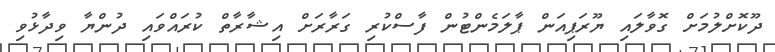
ދޫކޮށްލުމަށް ގޮވާލައި ޔޫރަޕިއަން ޕާލަމެންޓުން ފާސްކުރި ގަރާރަށް އިޝާރާތް ކުރައްވައި ދުންޔާ ވިދާޅުވި